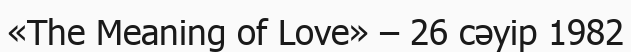
«The Meaning of Love» – 26 сәуір 1982